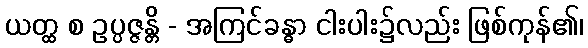
ယတ္ထ စ ဥပ္ပဇ္ဇန္တိ - အကြင်ခန္ဓာ ငါးပါး၌လည်း ဖြစ်ကုန်၏၊